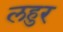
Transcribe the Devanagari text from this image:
लहुर